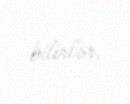
bilirlər.